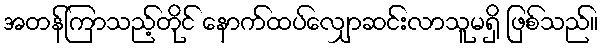
အတန်ကြာသည့်တိုင် နောက်ထပ်လျှောဆင်းလာသူမရှိ ဖြစ်သည်။